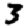
Digit: 3